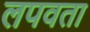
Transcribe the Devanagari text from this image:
लपवता